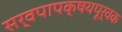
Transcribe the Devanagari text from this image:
सर्वपापक्षयपूर्वक